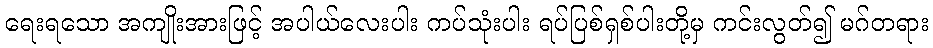
ရေးရသော အကျိုးအားဖြင့် အပါယ်လေးပါး ကပ်သုံးပါး ရပ်ပြစ်ရှစ်ပါးတို့မှ ကင်းလွတ်၍ မဂ်တရား